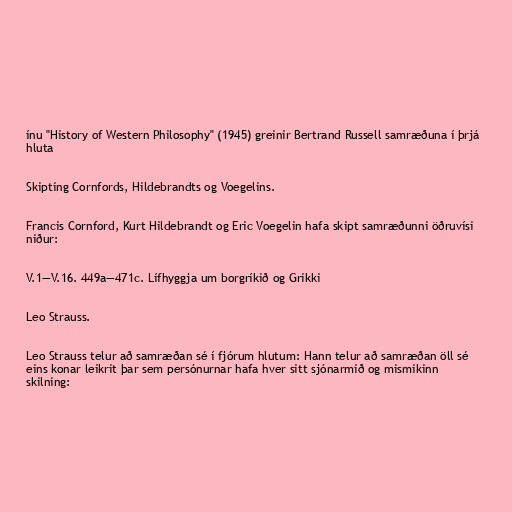
ínu "History of Western Philosophy" (1945) greinir Bertrand Russell samræðuna í þrjá
hluta

Skipting Cornfords, Hildebrandts og Voegelins.

Francis Cornford, Kurt Hildebrandt og Eric Voegelin hafa skipt samræðunni öðruvísi
niður:

V.1—V.16. 449a—471c. Lífhyggja um borgríkið og Grikki

Leo Strauss.

Leo Strauss telur að samræðan sé í fjórum hlutum: Hann telur að samræðan öll sé
eins konar leikrit þar sem persónurnar hafa hver sitt sjónarmið og mismikinn
skilning: